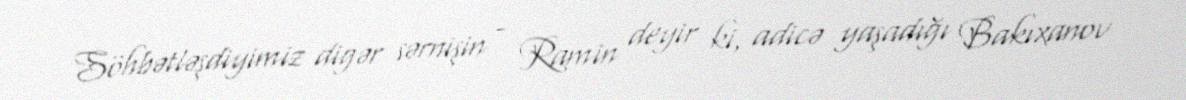
Söhbətləşdiyimiz digər sərnişin - Ramin deyir ki, adicə yaşadığı Bakıxanov